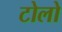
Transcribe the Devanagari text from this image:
टोलो